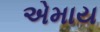
એમાય